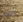
الى